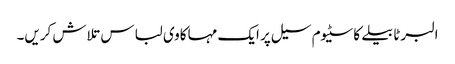
البرٹا بیلے کاسٹیوم سیل پر ایک مہاکاوی لباس تلاش کریں۔